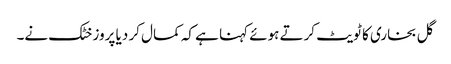
گل بخاری کا ٹویٹ کرتے ہوئے کہنا ہے کہ کمال کر دیا پروز خٹک نے۔